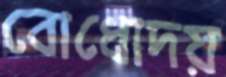
বোধোদয়